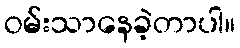
ဝမ်းသာနေခဲ့တာပါ။